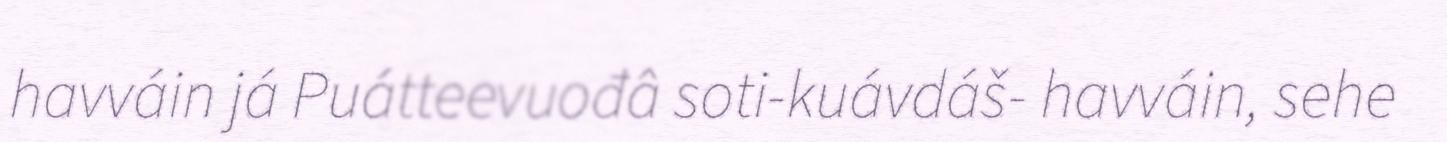
havváin já Puátteevuođâ soti-kuávdáš- havváin, sehe